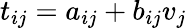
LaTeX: t_{ij}=a_{ij}+b_{ij}v_{j}